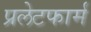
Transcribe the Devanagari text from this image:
प्रलेटफार्म